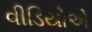
વીડિયોએ